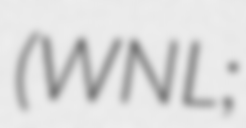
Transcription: (WNL;